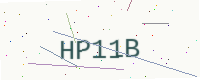
Text: HP11B